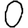
Digit: 0